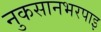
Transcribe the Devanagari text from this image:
नुकसानभरपाइ